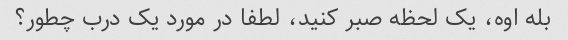
بله اوه، یک لحظه صبر کنید، لطفا در مورد یک درب چطور؟